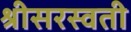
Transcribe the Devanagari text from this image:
श्रीसरस्वती